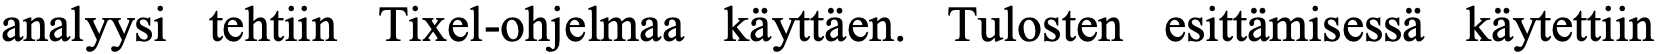
analyysi tehtiin Tixel-ohjelmaa käyttäen. Tulosten esittämisessä käytettiin